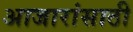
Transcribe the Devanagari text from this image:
अाजारांसाठी